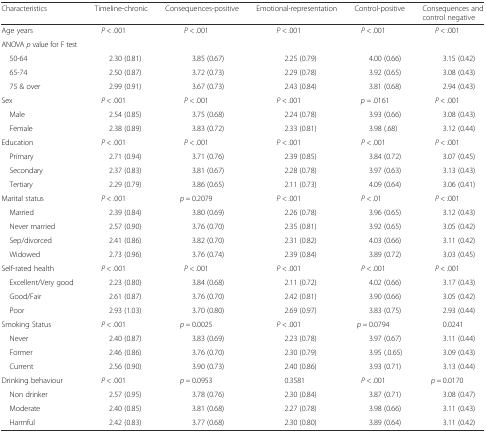
<table><thead><tr><td><b>Characteristics</b></td><td><b>Timeline-chronic</b></td><td><b>Consequences-positive</b></td><td><b>Emotional-representation</b></td><td><b>Control-positive</b></td><td><b>Consequences and control negative</b></td></tr></thead><tbody><tr><td>Age years</td><td rowspan="2"><i>P</i> &lt; .001</td><td rowspan="2"><i>P</i> &lt; .001</td><td rowspan="2"><i>P</i> &lt; .001</td><td rowspan="2"><i>P</i> &lt; .001</td><td rowspan="2"><i>P</i> &lt; .001</td></tr><tr><td>ANOVA <i>p</i> value for F test</td></tr><tr><td> 50-64</td><td>2.30 (0.81)</td><td>3.85 (0.67)</td><td>2.25 (0.79)</td><td>4.00 (0.66)</td><td>3.15 (0.42)</td></tr><tr><td> 65-74</td><td>2.50 (0.87)</td><td>3.72 (0.73)</td><td>2.29 (0.78)</td><td>3.92 (0.65)</td><td>3.08 (0.43)</td></tr><tr><td> 75 &amp; over</td><td>2.99 (0.91)</td><td>3.67 (0.73)</td><td>2.43 (0.84)</td><td>3.81 (0.68)</td><td>2.94 (0.43)</td></tr><tr><td>Sex</td><td><i>P</i> &lt; .001</td><td><i>P</i> &lt; .001</td><td><i>P</i> &lt; .001</td><td><i>p =</i> .0161</td><td><i>P</i> &lt; .001</td></tr><tr><td> Male</td><td>2.54 (0.85)</td><td>3.75 (0.68)</td><td>2.24 (0.78)</td><td>3.93 (0.66)</td><td>3.08 (0.43)</td></tr><tr><td> Female</td><td>2.38 (0.89)</td><td>3.83 (0.72)</td><td>2.33 (0.81)</td><td>3.98 (.68)</td><td>3.12 (0.44)</td></tr><tr><td>Education</td><td><i>P</i> &lt; .001</td><td><i>P</i> &lt; .001</td><td><i>P</i> &lt; .001</td><td><i>P</i> &lt; .001</td><td><i>P</i> &lt; .001</td></tr><tr><td> Primary</td><td>2.71 (0.94)</td><td>3.71 (0.76)</td><td>2.39 (0.85)</td><td>3.84 (0.72)</td><td>3.07 (0.45)</td></tr><tr><td> Secondary</td><td>2.37 (0.83)</td><td>3.81 (0.67)</td><td>2.28 (0.78)</td><td>3.97 (0.63)</td><td>3.13 (0.43)</td></tr><tr><td> Tertiary</td><td>2.29 (0.79)</td><td>3.86 (0.65)</td><td>2.11 (0.73)</td><td>4.09 (0.64)</td><td>3.06 (0.41)</td></tr><tr><td>Marital status</td><td><i>P</i> &lt; .001</td><td><i>p =</i> 0.2079</td><td><i>P</i> &lt; .001</td><td><i>P</i> &lt; .01</td><td><i>P</i> &lt; .001</td></tr><tr><td> Married</td><td>2.39 (0.84)</td><td>3.80 (0.69)</td><td>2.26 (0.78)</td><td>3.96 (0.65)</td><td>3.12 (0.43)</td></tr><tr><td> Never married</td><td>2.57 (0.90)</td><td>3.76 (0.70)</td><td>2.35 (0.81)</td><td>3.92 (0.65)</td><td>3.05 (0.42)</td></tr><tr><td> Sep/divorced</td><td>2.41 (0.86)</td><td>3.82 (0.70)</td><td>2.31 (0.82)</td><td>4.03 (0.66)</td><td>3.11 (0.42)</td></tr><tr><td> Widowed</td><td>2.73 (0.96)</td><td>3.76 (0.74)</td><td>2.39 (0.84)</td><td>3.89 (0.72)</td><td>3.03 (0.45)</td></tr><tr><td>Self-rated health</td><td><i>P</i> &lt; .001</td><td><i>P</i> &lt; .001</td><td><i>P</i> &lt; .001</td><td><i>P</i> &lt; .001</td><td><i>P</i> &lt; .001</td></tr><tr><td> Excellent/Very good</td><td>2.23 (0.80)</td><td>3.84 (0.68)</td><td>2.11 (0.72)</td><td>4.02 (0.66)</td><td>3.17 (0.43)</td></tr><tr><td> Good/Fair</td><td>2.61 (0.87)</td><td>3.76 (0.70)</td><td>2.42 (0.81)</td><td>3.90 (0.66)</td><td>3.05 (0.42)</td></tr><tr><td> Poor</td><td>2.93 (1.03)</td><td>3.70 (0.80)</td><td>2.69 (0.97)</td><td>3.83 (0.75)</td><td>2.93 (0.44)</td></tr><tr><td>Smoking Status</td><td><i>P</i> &lt; .001</td><td><i>p =</i> 0.0025</td><td><i>P</i> &lt; .001</td><td><i>p =</i> 0.0794</td><td>0.0241</td></tr><tr><td> Never</td><td>2.40 (0.87)</td><td>3.83 (0.69)</td><td>2.23 (0.78)</td><td>3.97 (0.67)</td><td>3.11 (0.44)</td></tr><tr><td> Former</td><td>2.46 (0.86)</td><td>3.76 (0.70)</td><td>2.30 (0.79)</td><td>3.95 (.0.65)</td><td>3.09 (0.43)</td></tr><tr><td> Current</td><td>2.56 (0.90)</td><td>3.90 (0.73)</td><td>2.40 (0.86)</td><td>3.93 (0.71)</td><td>3.13 (0.44)</td></tr><tr><td>Drinking behaviour</td><td><i>P</i> &lt; .001</td><td><i>p =</i> 0.0953</td><td>0.3581</td><td><i>P</i> &lt; .001</td><td><i>p =</i> 0.0170</td></tr><tr><td> Non drinker</td><td>2.57 (0.95)</td><td>3.78 (0.76)</td><td>2.30 (0.84)</td><td>3.87 (0.71)</td><td>3.08 (0.47)</td></tr><tr><td> Moderate</td><td>2.40 (0.85)</td><td>3.81 (0.68)</td><td>2.27 (0.78)</td><td>3.98 (0.66)</td><td>3.11 (0.43)</td></tr><tr><td> Harmful</td><td>2.42 (0.83)</td><td>3.77 (0.68)</td><td>2.30 (0.80)</td><td>3.89 (0.64)</td><td>3.11 (0.42)</td></tr></tbody></table>